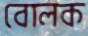
বোলক